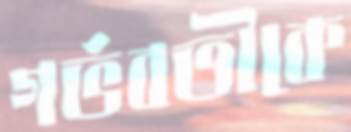
গর্ভবতীকে